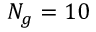
N _ { g } = 1 0